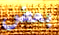
بعض